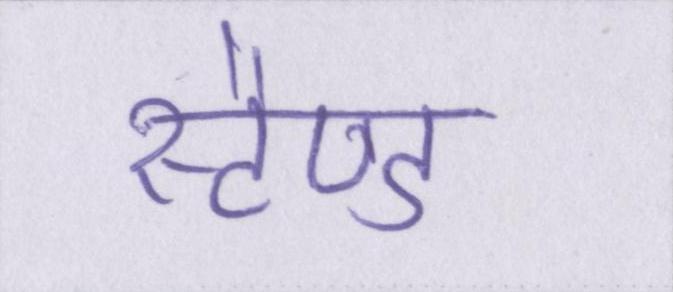
स्टैण्ड